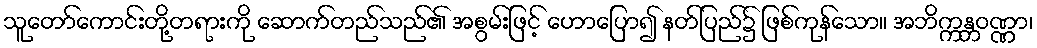
သူတော်ကောင်းတို့တရားကို ဆောက်တည်သည်၏ အစွမ်းဖြင့် ဟောပြော၍ နတ်ပြည်၌ ဖြစ်ကုန်သော။ အဘိက္ကန္တဝဏ္ဏာ၊